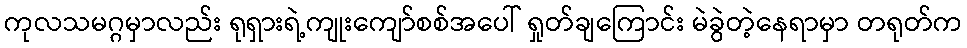
ကုလသမဂ္ဂမှာလည်း ရုရှားရဲ့ကျုးကျော်စစ်အပေါ် ရှုတ်ချကြောင်း မဲခွဲတဲ့နေရာမှာ တရုတ်က